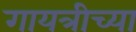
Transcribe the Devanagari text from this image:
गायत्रीच्या